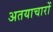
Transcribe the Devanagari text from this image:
अतयाचारों